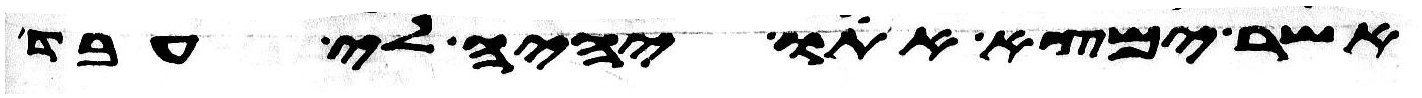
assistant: אשר ימצא אתו יהיה לי עבד